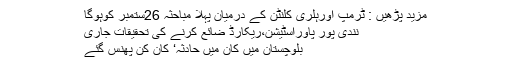
مزید پڑھیں : ٹرمپ اورہلری کلنٹن کے درمیان پہلا مباحثہ 26ستمبر کوہوگا
نندی پور پاوراسٹیشن،ریکارڈ ضائع کرنے کی تحقیقات جاری
بلوچستان میں کان میں حادثہ‘ کان کن پھنس گئے